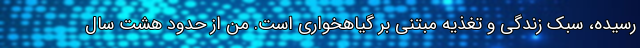
رسیده، سبک زندگی و تغذیه مبتنی بر گیاهخواری است. من از حدود هشت سال